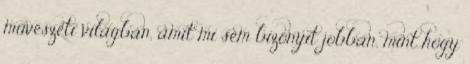
művészeti világban, amit mi sem bizonyít jobban, mint hogy